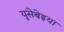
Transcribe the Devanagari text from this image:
युसेबेइया